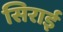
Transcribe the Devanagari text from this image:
सिराई